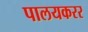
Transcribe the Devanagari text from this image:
पालयकरर